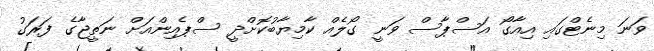
ވަނަ މިނެޓްގައި އިއާގޯ އަސްޕާސް ވަނީ ގޯލެއް ކާމިޔާބުކޮށްދީ ސްޕެއިންއަށް ނަތީޖާގެ ފަރަގު